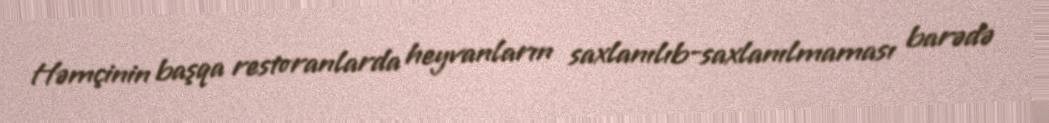
Həmçinin başqa restoranlarda heyvanların saxlanılıb-saxlanılmaması barədə